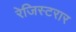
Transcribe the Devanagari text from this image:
रेजिस्टरार